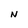
Character: N